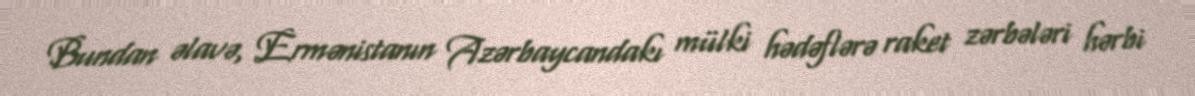
Bundan əlavə, Ermənistanın Azərbaycandakı mülki hədəflərə raket zərbələri hərbi